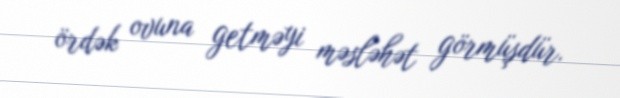
ördək ovuna getməyi məsləhət görmüşdür.